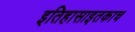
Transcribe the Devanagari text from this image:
इतिहासाइतकाच